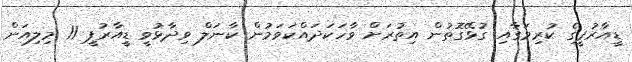
ޑީއާރުޕީގެ ކުރިމަގާއި ގުޅޭގޮތުން އިތުރަށް ވާހަކަދައްކަވަމުން ކާނަލް ވިދާޅުވީ ޑީއާރުޕީ 11 މިލިއަން